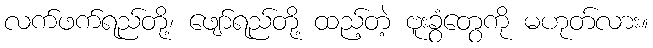
လက်ဖက်ရည်တို့၊ ဖျော်ရည်တို့ ထည့်တဲ့ ဗူးခွံတွေကို မဟုတ်လား။